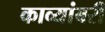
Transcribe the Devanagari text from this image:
काव्यांबरी